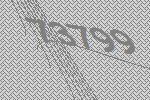
73799